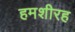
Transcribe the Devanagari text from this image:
हमशीरह